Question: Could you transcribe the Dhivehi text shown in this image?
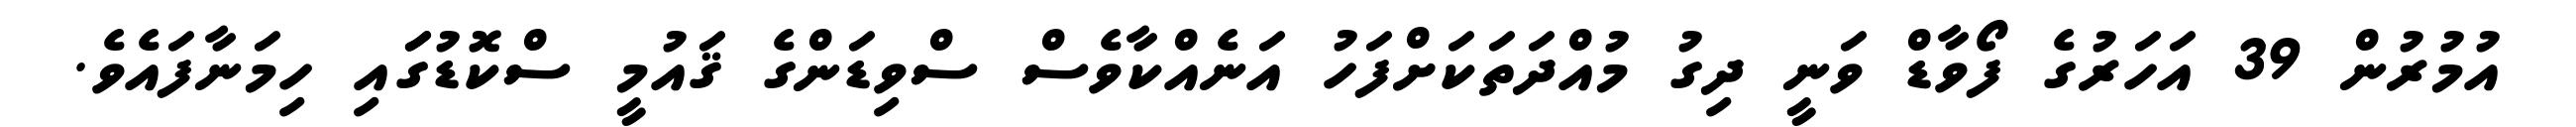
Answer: އުމުރުން 39 އަހަރުގެ ފޯވާޑް ވަނީ ދިގު މުއްދަތަކަށްފަހު އަނެއްކާވެސް ސްވިޑަންގެ ޤައުމީ ސްކޮޑުގަައި ހިމަނާފައެވެ.